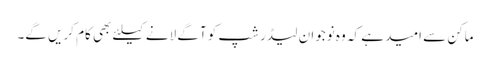
ماکن سے امید ہے کہ وہ نوجوان لیڈر شپ کو آگے لانے کیلئے بھی کام کریں گے۔